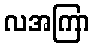
လအကြာ